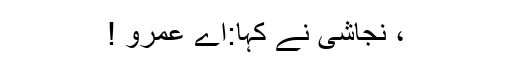
، نجاشی نے کہا:اے عمرو !